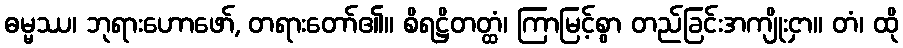
ဓမ္မဿ၊ ဘုရားဟောဖော်, တရားတော်၏။ စိရဋ္ဌိတတ္ထံ၊ ကြာမြင့်စွာ တည်ခြင်းအကျိုးငှာ။ တံ၊ ထို